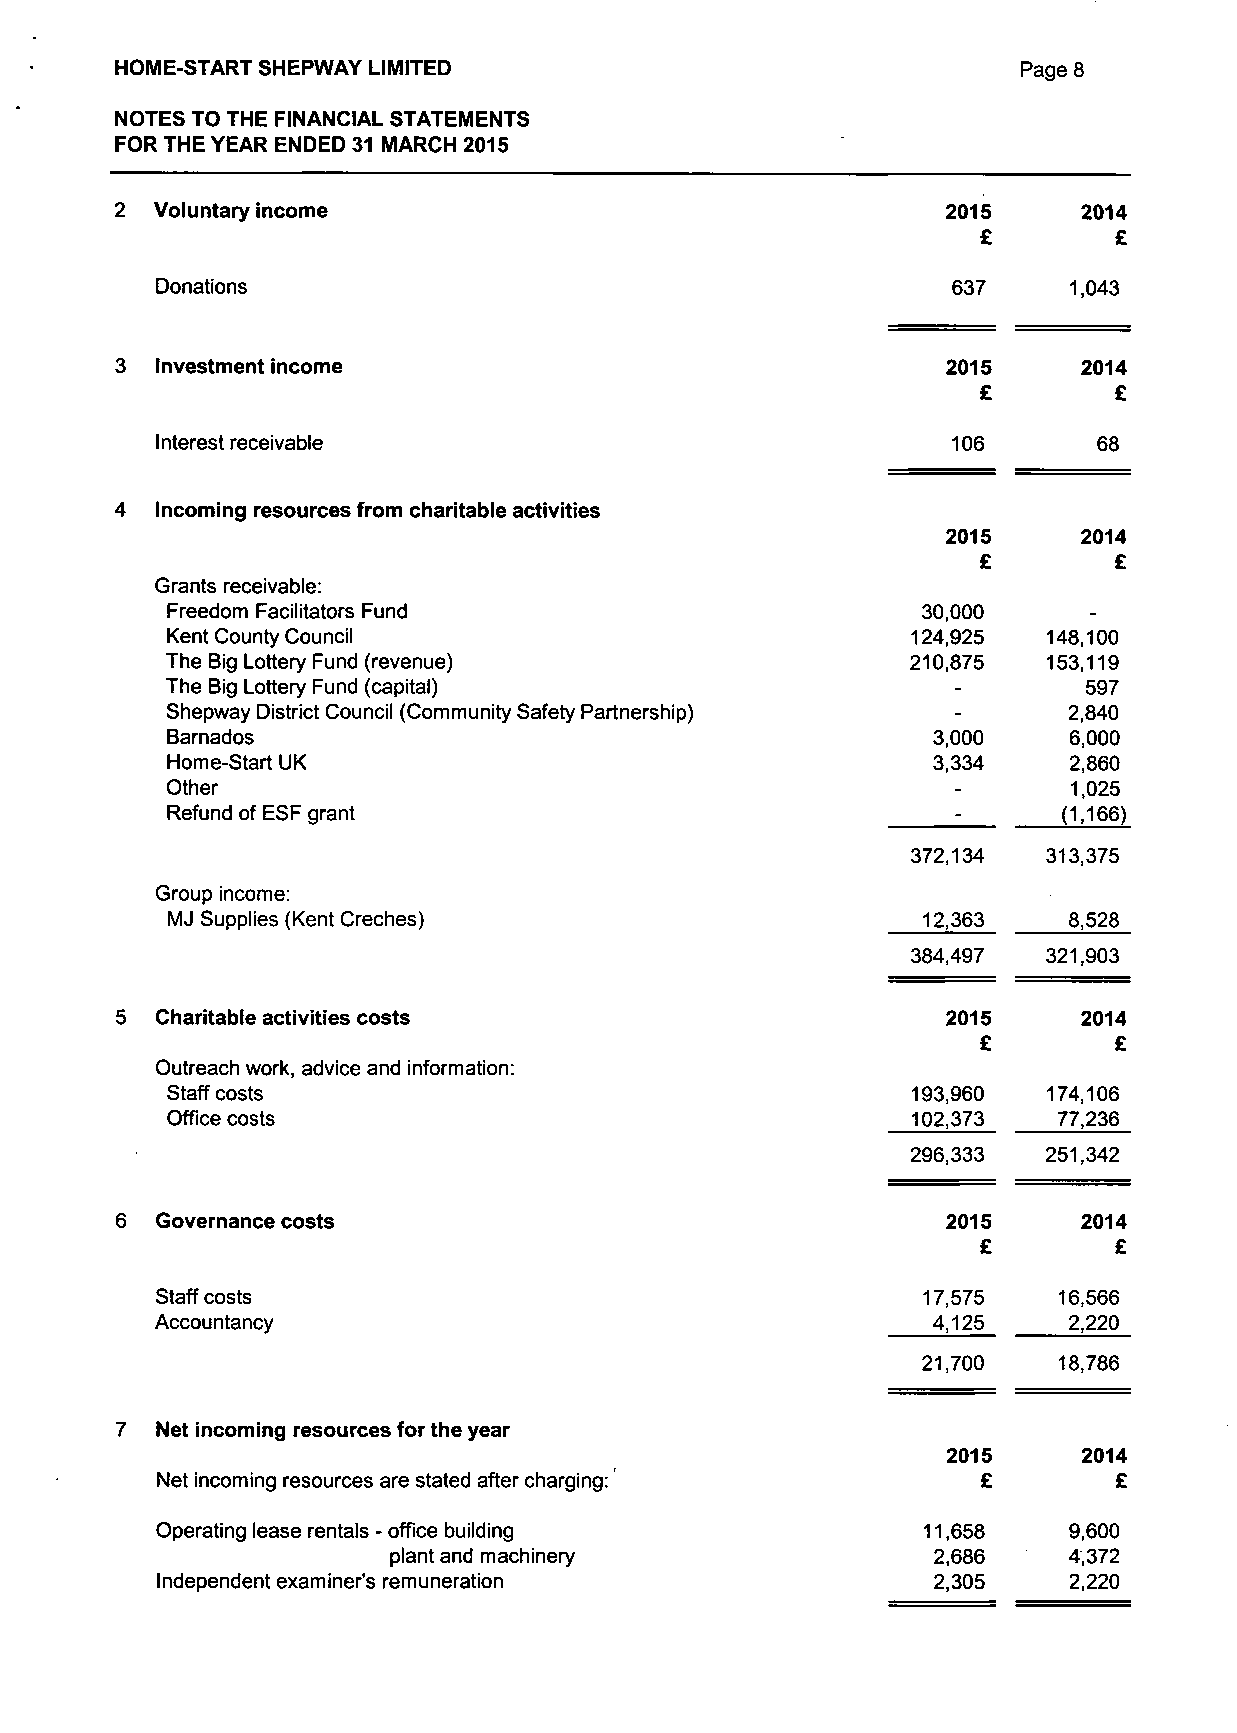
HOME-START SHEPWAY LIMITED                                  Page 8
 NOTES TO THE FINANCIAL STATEMENTS
 FOR THE YEAR ENDED 31 MARCH 2015
 Voluntary income                                     2015     2014
 £        £
 Donations                                            637     1,043
 Investment income                                    2015     2014
 £        £
 Interest receivable                                  106       68
 Incoming resources from charitable activities
 2015     2014
 £        £
 Grants receivable:
 Freedom Facilitators Fund                         30,000     -
 Kent County Council                              124,925  148,100
 The Big Lottery Fund (revenue)                   210,875  153,119
 The Big Lottery Fund (capital)                      -        597
 Shepway District Council (Community Safety Partnership) -   2,840
 Barnados                                           3,000    6,000
 Home-Start UK                                      3,334    2,860
 Other                                               -       1,025
 Refund of ESF grant                                 -      (1,166)
 372,134  313,375
 Group income:
 MJ Supplies (Kent Creches)                        12,363    8,528
 384,497  321,903
 Charitable activities costs                          2015     2014
 £        £
 Outreach work, advice and information:
 Staff costs                                      193,960  174,106
 Office costs                                     102,373   77,236
 296,333  251,342
 Governance costs                                     2015     2014
 £        £
 Staff costs                                        17,575   16,566
 Accountancy                                         4,125    2,220
 21,700   18,786
 Net incoming resources for the year
 2015     2014
 Net incoming resources are stated after charging:      £        £
 Operating lease rentals - office building          11,658    9,600
 plant and machinery                 2,686    4,372
 Independent examiner's remuneration                 2,305    2,220